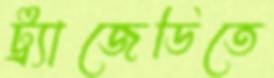
ট্র্যাজেডিতে